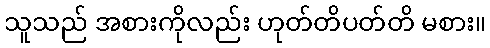
သူသည် အစားကိုလည်း ဟုတ်တိပတ်တိ မစား။